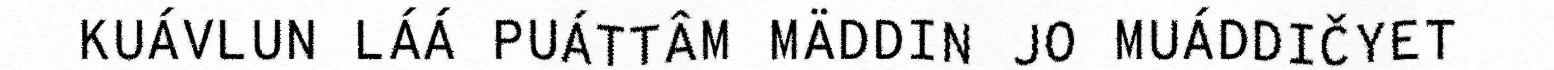
KUÁVLUN LÁÁ PUÁTTÂM MÄDDIN JO MUÁDDIČYET